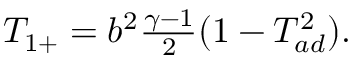
\begin{array} { r } { T _ { 1 + } = b ^ { 2 } \frac { \gamma - 1 } { 2 } ( 1 - T _ { a d } ^ { 2 } ) . } \end{array}